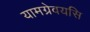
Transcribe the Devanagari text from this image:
यामग्रेवयसि